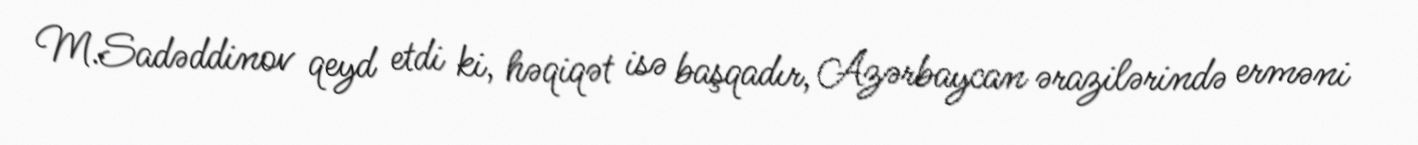
M.Sadəddinov qeyd etdi ki, həqiqət isə başqadır, Azərbaycan ərazilərində erməni